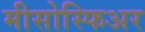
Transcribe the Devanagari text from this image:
मीसोस्फिअर